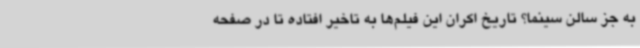
به جز سالن سینما؟ تاریخ اکران این فیلم‌ها به تاخیر افتاده تا در صفحه